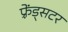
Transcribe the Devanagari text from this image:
फ़्रेंड्सटर